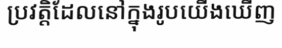
ប្រវត្តិដែលនៅក្នុងរូបយើងឃើញ